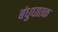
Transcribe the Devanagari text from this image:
बंधुघातक